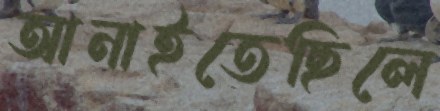
আনাইতেছিলে